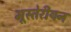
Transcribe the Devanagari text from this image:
मूस्तेरीयन